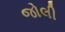
જોલી